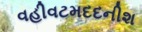
વહીવટમદદનીશ